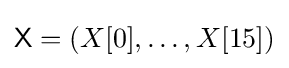
{\textsf {X}}=(X[0],\ldots ,X[15])